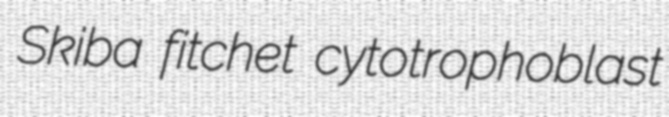
Skiba fitchet cytotrophoblast